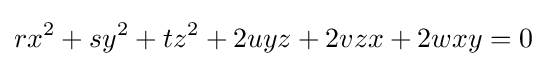
rx^{2}+sy^{2}+tz^{2}+2uyz+2vzx+2wxy=0